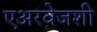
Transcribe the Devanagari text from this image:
एअरवेजशी